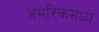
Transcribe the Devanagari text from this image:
अमेरिकमध्ये